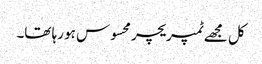
کل مجھے ٹمپریچر محسوس ہو رہا تھا۔